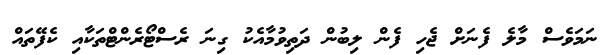
ނަމަވެސް މާލެ ފެނަށް ޖެހި ފެން ލިބުން ދަތިވުމާއެކު ގިނަ ރެސްޓޯރެންޓްތަކާއި ކެފޭތައް